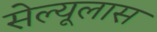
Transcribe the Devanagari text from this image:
सेल्यूलास